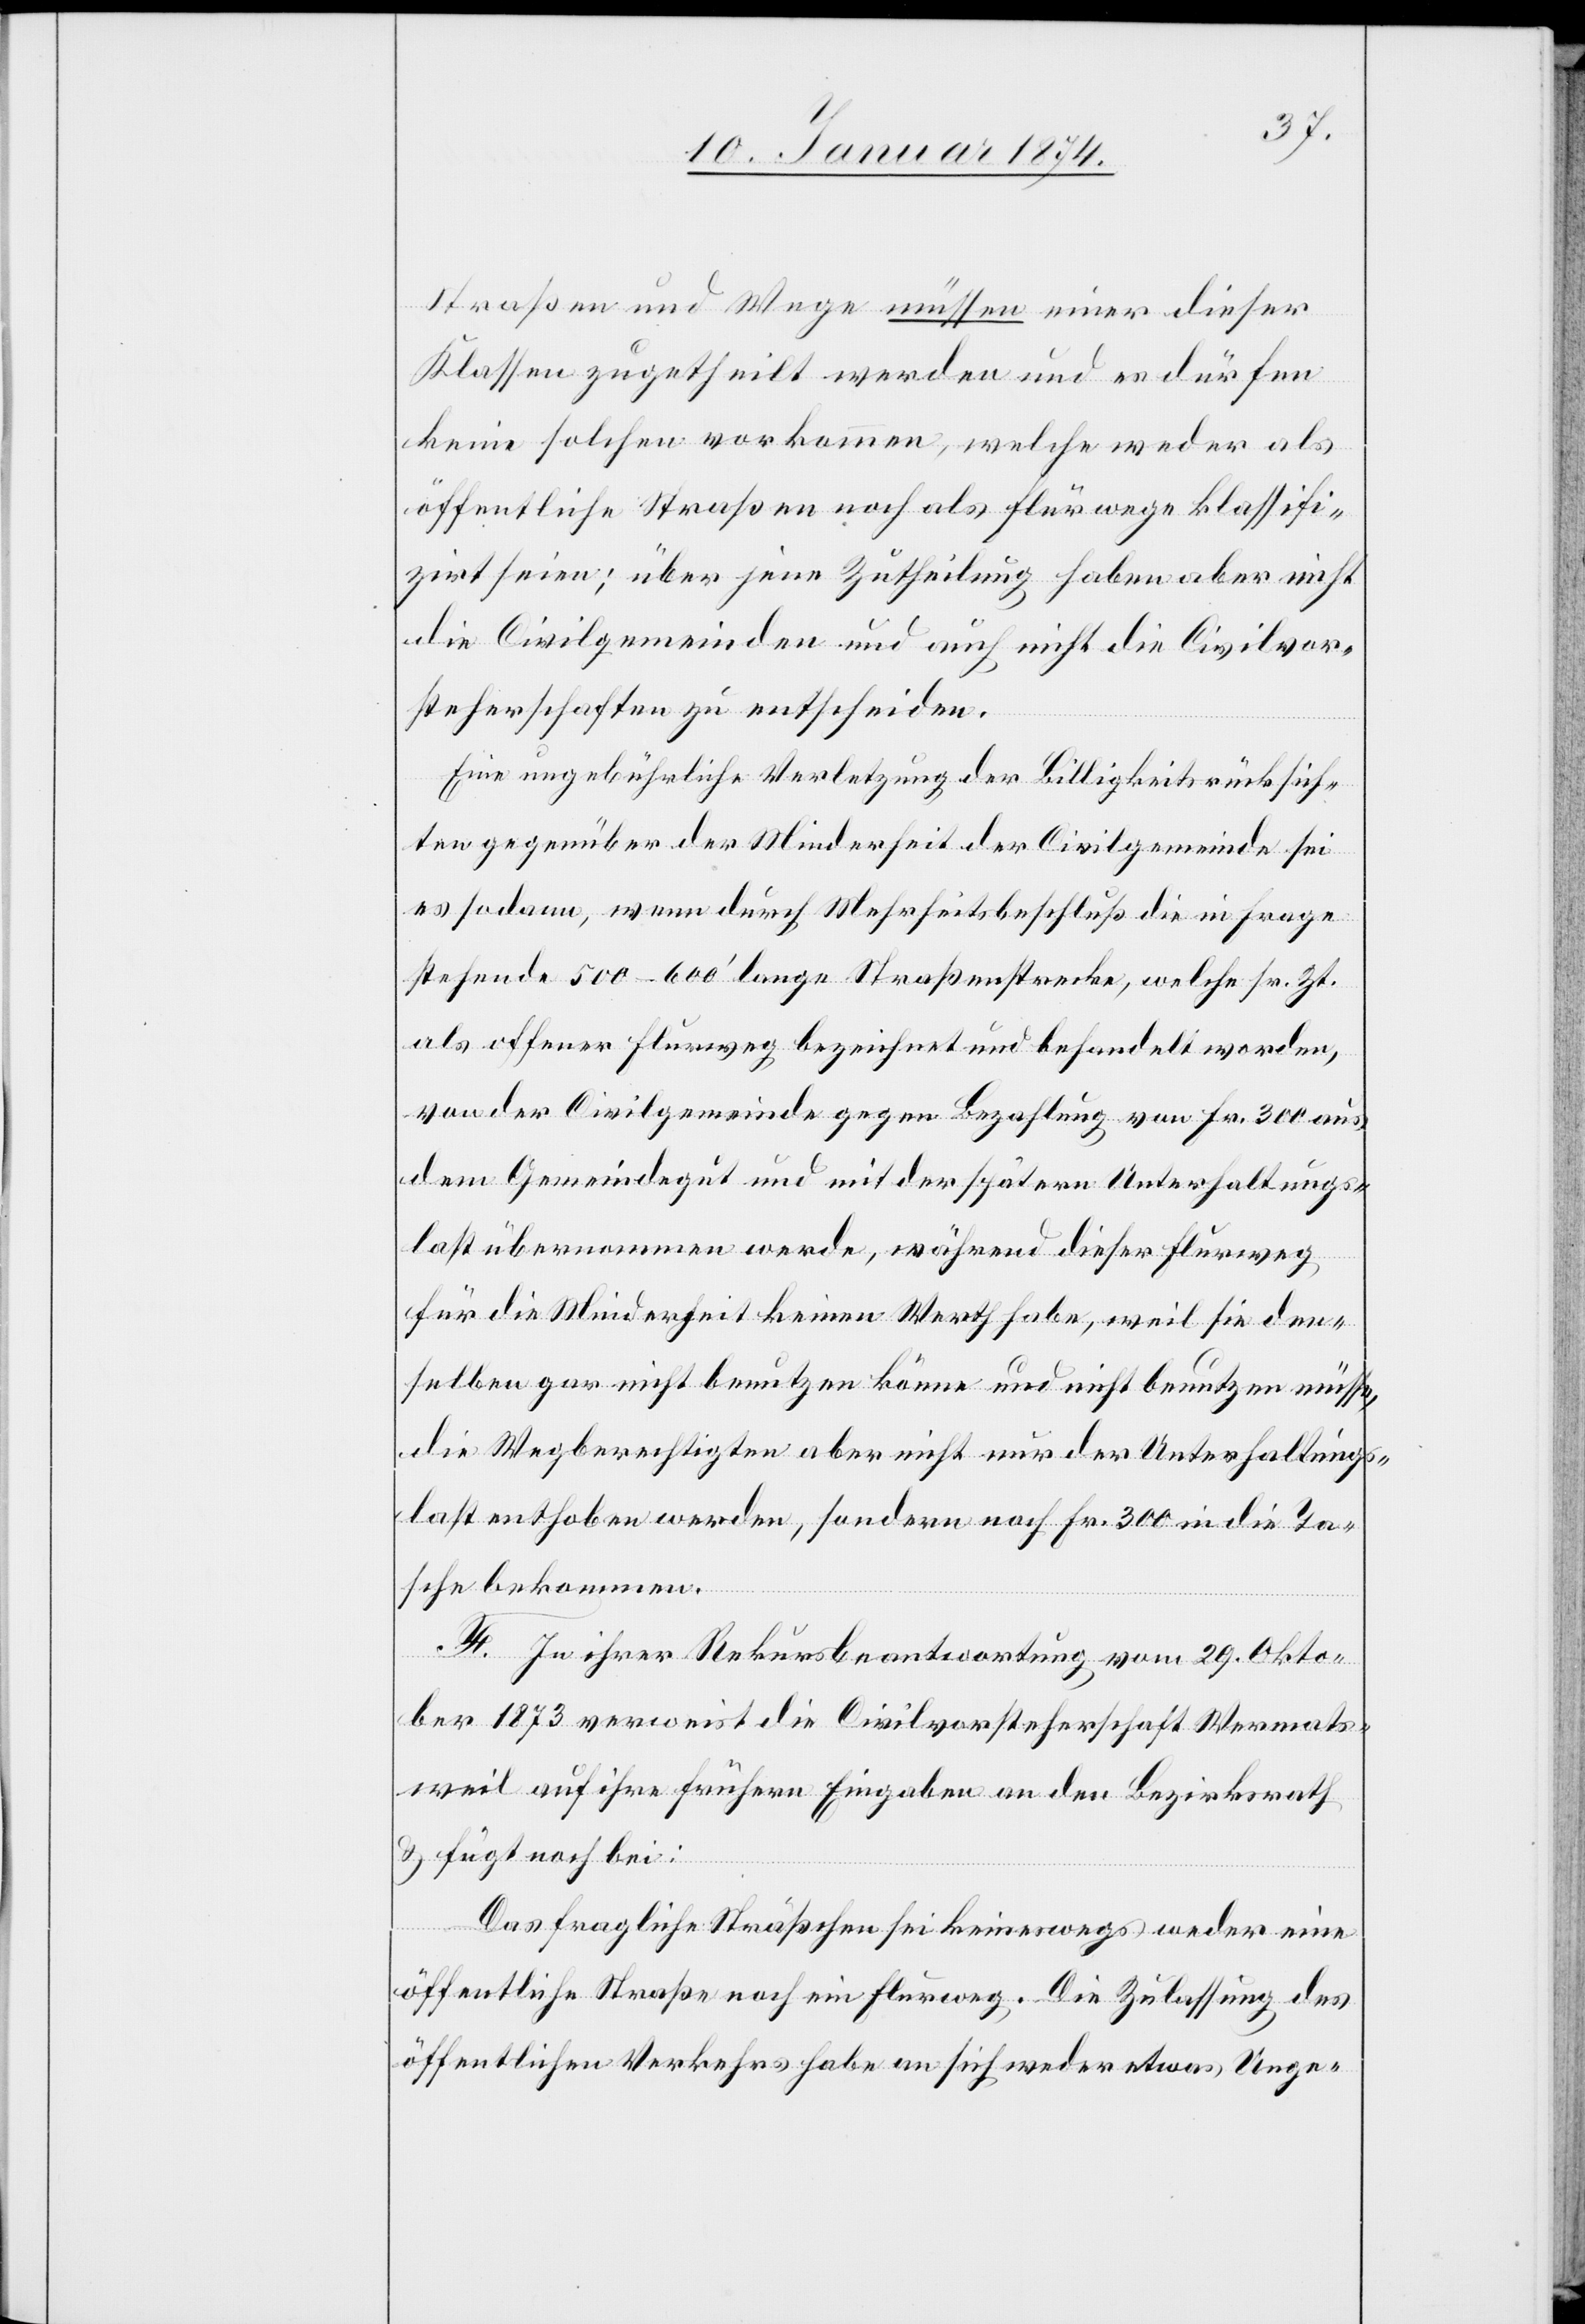
Straßen und Wege müssen einer dieser
Klassen zugetheilt werden und es dürfen
keine solchen vorkommen, welche weder als
öffentliche Straßen noch als Flurwege klassifi¬
ziert seien; über jene Zutheilung haben aber nicht
die Civilgemeinden und auch nicht die Civilvor¬
steherschaften zu entscheiden.
Eine ungebührliche Verletzung der Billigkeitsrücksich¬
ten gegenüber der Minderheit der Civilgemeinde sei
es sodann, wenn durch Mehrheitsbeschluß die in Frage
stehende 500–600‘ lange Straßenstrecke, welche sr. Zt.
als offener Flurweg bezeichnet und behandelt worden,
von der Civilgemeinde gegen Bezahlung von Fr. 300 aus
dem Gemeindegut und mit der spätern Unterhaltungs¬
last übernommen werde, während dieser Flurweg
für die Minderheit keinen Werth habe, weil sie den¬
selben gar nicht benutzen könne und nicht benutzen müsse,
die Wegberechtigten aber nicht nur der Unterhaltungs¬
last enthoben werden, sondern noch Fr. 300 in die Ta¬
sche bekommen.
E. In ihrer Rekursbeantwortung vom 29. Okto¬
ber 1873 verweist die Civilvorsteherschaft Wermats¬
weil auf ihre frühere Eingabe an den Bezirksrath
& fügt noch bei:
Das fragliche Sträßchen sei keineswegs weder eine
öffentliche Straße noch ein Flurweg. Die Zulassung des
öffentlichen Verkehrs habe an sich weder etwas Unge-